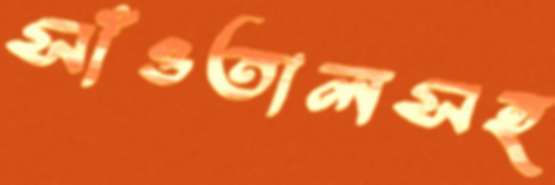
সাঁওতালসহ